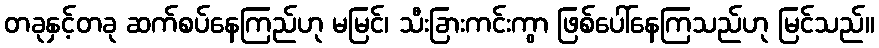
တခုနှင့်တခု ဆက်စပ်နေကြည်ဟု မမြင်၊ သီးခြားကင်းကွာ ဖြစ်ပေါ်နေကြသည်ဟု မြင်သည်။